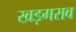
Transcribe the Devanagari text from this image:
खड़गराव